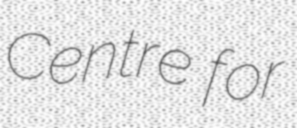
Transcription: Centre for